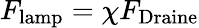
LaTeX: F_{\mathrm{{lamp}}}=\chi F_{\mathrm{{Draine}}}